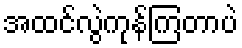
အထင်လွဲကုန်ကြတာပဲ